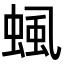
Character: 𧌡